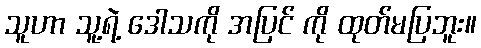
သူဟာ သူ့ရဲ့ ဒေါသကို အပြင် ကို ထုတ်မပြဘူး။